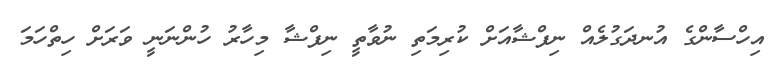
އިހްސާންގެ އުނދަގުލެއް ނިފްޝާއަށް ކުރިމަތި ނުވާތީ ނިފްޝާ މިހާރު ހުންނަނީ ވަރަށް ހިތްހަމަ